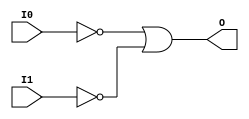

/*

FUNCTION	: 2-INPUT OR GATE

*/

`timescale  100 ps / 10 ps

`celldefine

module OR2B2 (O, I0, I1);


    output O;

    input  I0, I1;

    not N1 (i1_inv, I1);
    not N0 (i0_inv, I0);
    or O1 (O, i0_inv, i1_inv);

    specify
	(I0 *> O) = (0, 0);
	(I1 *> O) = (0, 0);
    endspecify

endmodule

`endcelldefine